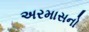
અરમાસનો